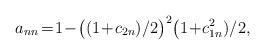
LaTeX: \begin{align*}a_{nn}\!=\!1\!-\!\big((1\!+\!c_{2n})/2\big)^2\big(1\!+\!c_{1n}^2)/2,\end{align*}